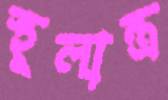
স্থূলান্ত্র